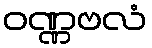
ဝဏ္ဏဗလံ